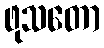
ဖုသတော